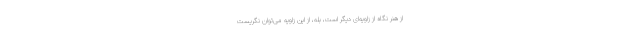
از هنر نگاه از زاویه‌ای دیگر است، بله، از این زاویه می‌توان نگریست